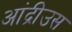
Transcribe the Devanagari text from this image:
आंद्रीउस